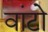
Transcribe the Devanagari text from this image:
वांटो